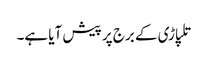
تلپاڑی کے برج پر پیش آیا ہے۔